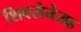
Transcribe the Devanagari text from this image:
शिवसेनेसह